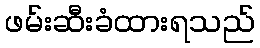
ဖမ်းဆီးခံထားရသည်